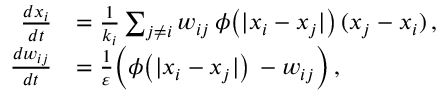
\begin{array} { r l } { \frac { d x _ { i } } { d t } } & { = \frac { 1 } { k _ { i } } \sum _ { j \neq i } w _ { i j } \, \phi \big ( | x _ { i } - x _ { j } | \big ) \, ( x _ { j } - x _ { i } ) \, , } \\ { \frac { d w _ { i j } } { d t } } & { = \frac { 1 } { \varepsilon } \Big ( \phi \big ( | x _ { i } - x _ { j } | \big ) \, - w _ { i j } \Big ) \, , } \end{array}